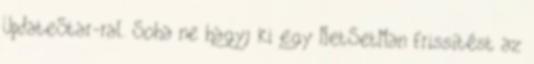
UpdateStar-ral. Soha ne hagyj ki egy NetSetMan frissítést az